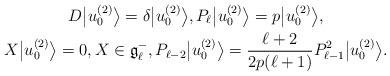
LaTeX: \begin{gather*} D \big|u_0^{(2)}\big\rangle = \delta \big|u_0^{(2)}\big\rangle ,P_{\ell} \big|u_0^{(2)}\big\rangle = p \big|u_0^{(2)}\big\rangle ,\\ X \big|u_0^{(2)}\big\rangle = 0, X \in {\mathfrak g}_{\ell}^-,P_{\ell-2} \big|u_0^{(2)}\big\rangle = \frac{\ell+2}{2p (\ell+1)} P_{\ell-1}^2 \big|u_0^{(2)}\big\rangle .\end{gather*}